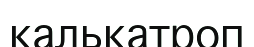
калькатроп